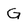
Character: G